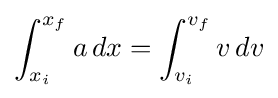
\int _{x_{i}}^{x_{f}}a\,dx=\int _{v_{i}}^{v_{f}}v\,dv